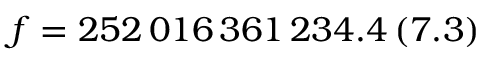
f = 2 5 2 \, 0 1 6 \, 3 6 1 \, 2 3 4 . 4 \, ( 7 . 3 )